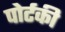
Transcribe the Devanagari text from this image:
पोर्टकी